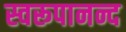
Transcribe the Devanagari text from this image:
स्वरूपानन्द